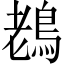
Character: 䳓